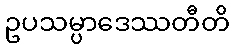
ဥပသမ္ပာဒေဿတီတိ